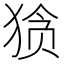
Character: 𰡘